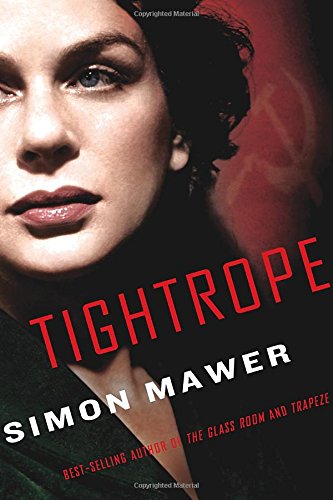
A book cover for Tightrope; Simon Mawer; Mystery, Thriller & Suspense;